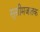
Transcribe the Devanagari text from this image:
सुसीमजातक